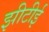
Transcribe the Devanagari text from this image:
झीटीई